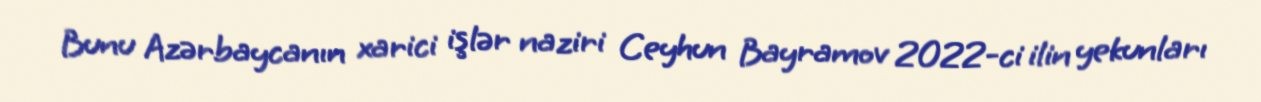
Bunu Azərbaycanın xarici işlər naziri Ceyhun Bayramov 2022-ci ilin yekunları